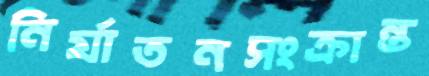
নির্যাতনসংক্রান্ত